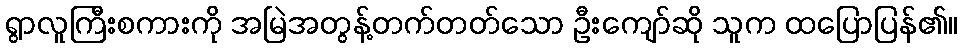
ရွာလူကြီးစကားကို အမြဲအတွန့်တက်တတ်သော ဦးကျော်ဆို သူက ထပြောပြန်၏။